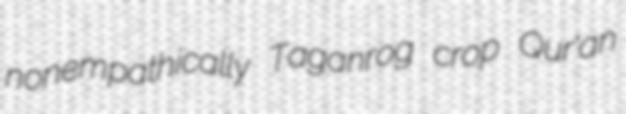
nonempathically Taganrog crop Qur'an